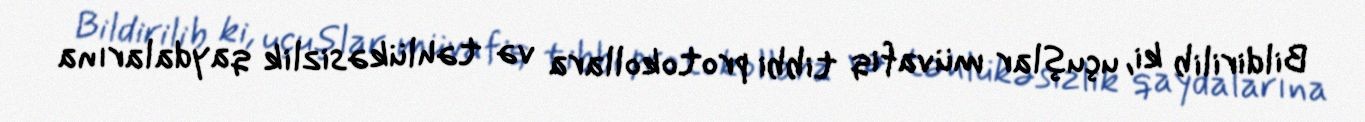
Bildirilib ki, uçuşlar müvafiq tibbi protokollara və təhlükəsizlik qaydalarına